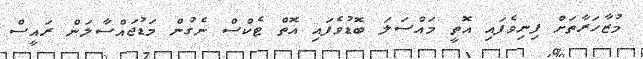
މުޒާހަރާތަަށް ފިނިވެފައި އޮތީ މައްސަލަ ބޮޑުވެފައި އޮތް ޓެކްސް ނެގުން މަޑުޖައްސާލަން ރައީސް